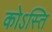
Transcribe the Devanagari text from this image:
कोऽस्ति